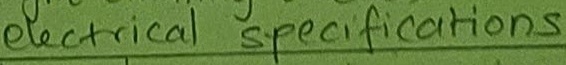
Text: electrical specifications